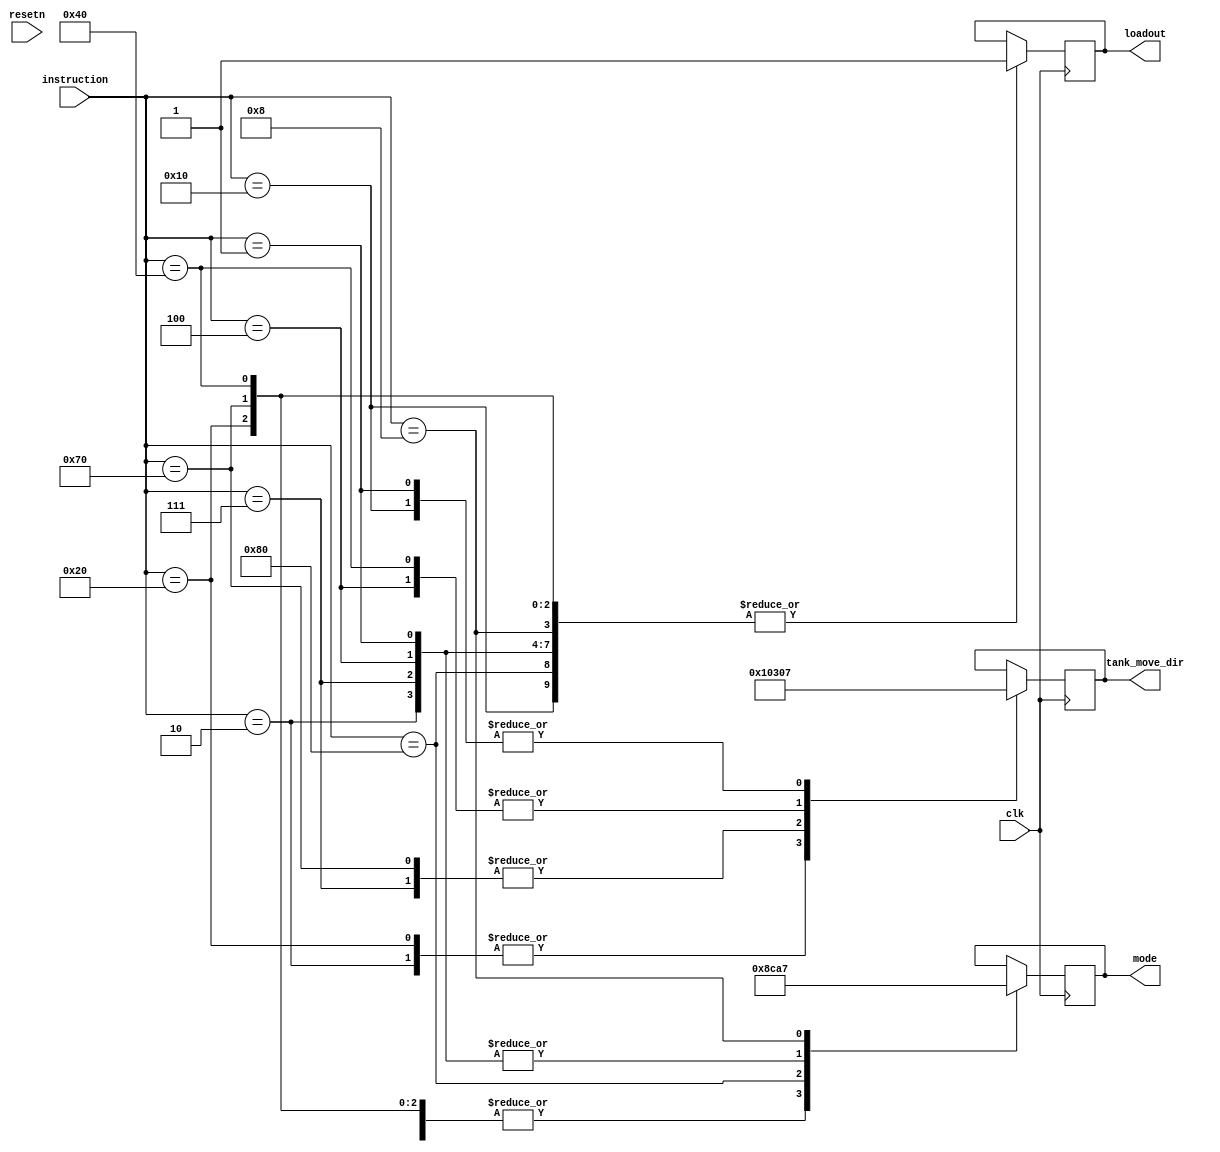
module control(
    output reg [4:0] mode, // input to storage
    output reg [7:0] tank_move_dir, //input to storage
    output loadout,

    input clk,
    input resetn,
    input [7:0] instruction //keyboard input

    );

	/*
    //________________________GAME STATE________________________
    reg [2:0] next_state; 
	reg [2:0] current_state;
		

    localparam S_PRE_GAME  = 2'b00;
    localparam S_GAME      = 2'b01;
	 localparam S_POST_GAME = 2'b11;

    always@(*)
    begin
        case(current_state)
        
            S_PRE_GAME: next_state = game_state ? S_GAME : S_PRE_GAME; // Stay in pre-game state until game starts
            S_GAME: next_state = game_state ? S_GAME : S_POST_GAME; // Stay in game state until game ends
            S_POST_GAME: next_state = S_PRE_GAME; // go back to pre-game state and wait for new game to start
				
			endcase
    end

	 
    // reset to pre game state if either game over or reset pressed
    // otherwise move to next state
    always@(posedge clk)
    begin
			case (resetn)
				1'b1:
					begin
					currrent_state <= S_PRE_GAME;
					end
				1'b0:
					begin
					current_state <= next_state;
					end
				
				endcase
    end
    
    */


    // update mode and move direction (for storage) based on keyboard input instruction
    always @(posedge clk)
    begin
        case (instruction)

            
            /*____________Tank 1 movement________________*/

            8'b00100000: 
                        begin
                        mode = 4'b0001; 
                        tank_move_dir = 8'b00000000;
                        loadout <= 1'b1;
                        end // up    p1  w
                
            8'b01110000:
                        begin
                        mode = 4'b0001; 
                        tank_move_dir = 8'b00000001;
                        loadout <= 1'b1;
                        end   // down  p1  s
                
            8'b01000000: 
                        begin
                        mode = 4'b0001; 
                        tank_move_dir = 8'b00000011;
                        loadout <= 1'b1;
                        end   // left  p1  a
                
            8'b00010000: 
                        begin
                        mode = 4'b0001; 
                        tank_move_dir = 8'b00000111;
                        loadout <= 1'b1;
                        end  // right p1  d
                    
            //_____________Tank 1 fire projectile______________
                    
            8'b10000000:
                        begin
                        mode = 4'b0011; 
                        loadout <= 1'b1;
                        end   // fire  p1  space


            // ____________tank 2 movement______________
            8'b00000010: 
                begin
                mode <= 4'b0101; // up    p2  arrow
                tank_move_dir <= 8'b00000000;
                loadout <= 1'b1;
                end

			8'b00000111: 
                begin
                mode = 4'b0101; 
                tank_move_dir = 8'b00000001;
                loadout <= 1'b1;
                end   // down  p2  arrow

            8'b00000100: 
                begin
                mode = 4'b0101; 
                tank_move_dir = 8'b00000011;
                loadout <= 1'b1;
                end    // left  p2  arrow

	    8'b00000001:
                begin
                mode = 4'b0101; 
                tank_move_dir = 8'b00000111;
                loadout <= 1'b1;
                end   // right p2  arrow

			
              //_______tank 2 projecile_____________
	     8'b00001000: 
                begin
                mode = 4'b0111; // read from RAM
                loadout <= 1'b1;
                end     // fire  p2  key pad
                
	//8'b11111110:   // pause
		
	endcase

	end

endmodule